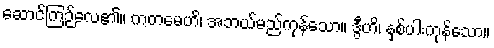
ဆောင်ကြဉ်လေ၏။ ကတမေဟိ၊ အဘယ်မည်ကုန်သော။ ဒွီဟိ၊ နှစ်ပါးကုန်သော။